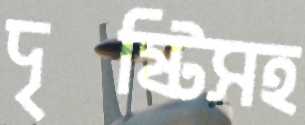
দৃষ্টিসহ